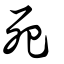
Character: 死